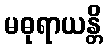
မဓုရာယန္တိ